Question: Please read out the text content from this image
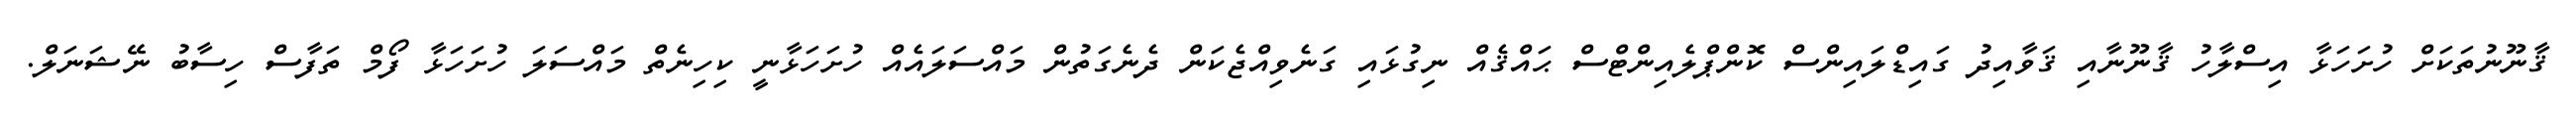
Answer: ޤާނޫނުތަކަށް ހުށަހަޅާ އިސްލާހު ޤާނޫނާއި ޤަވާއިދު ގައިޑްލައިންސް ކޮންޕްލެއިންޓްސް ޙައްޤެއް ނިގުޅައި ގަނެވިއްޖެކަން ދެނެގަތުން މައްސަލައެއް ހުށަހަޅާނީ ކިހިނެތް މައްސަލަ ހުށަހަޅާ ފޯމް ތަފާސް ހިސާބު ނޭޝަނަލް.